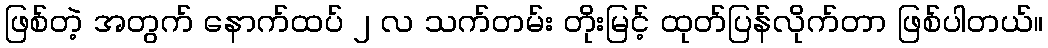
ဖြစ်တဲ့ အတွက် နောက်ထပ် ၂ လ သက်တမ်း တိုးမြင့် ထုတ်ပြန်လိုက်တာ ဖြစ်ပါတယ်။